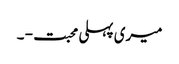
میری پہلی محبت - ۔